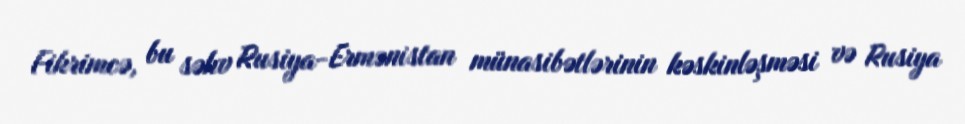
Fikrimcə, bu səhv Rusiya-Ermənistan münasibətlərinin kəskinləşməsi və Rusiya